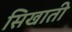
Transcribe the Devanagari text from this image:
सिखाती